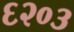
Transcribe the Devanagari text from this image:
६२०३